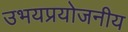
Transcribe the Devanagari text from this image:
उभयप्रयोजनीय